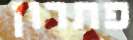
פתרון